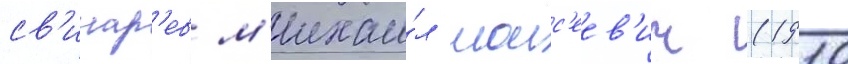
св'инар'ев м'ихаи́л моис'еев'ич (1910